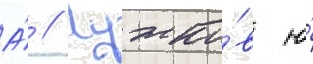
А́ // Лужко́в ю́